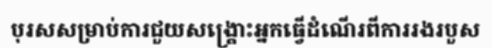
បុរសសម្រាប់ការជួយសង្គ្រោះអ្នកធ្វើដំណើរពីការរងរបួស